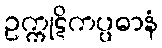
ဥက္ကုဋိကပ္ပဓာနံ